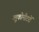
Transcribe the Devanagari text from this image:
ग्लूकोमीटरों